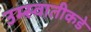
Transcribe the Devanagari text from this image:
उम्स्वातीकडे